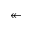
\twoheadleftarrow